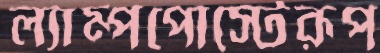
ল্যাম্পপোস্টেরূপ